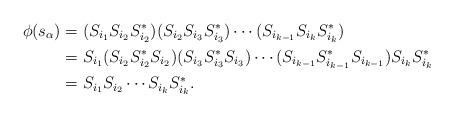
LaTeX: \begin{align*} \phi(s_\alpha) &= (S_{i_1} S_{i_2} S_{i_2}^*) (S_{i_2} S_{i_3} S_{i_3}^*) \cdots (S_{i_{k-1}} S_{i_k} S_{i_k}^*) \\ &= S_{i_1} (S_{i_2} S_{i_2}^* S_{i_2}) (S_{i_3} S_{i_3}^* S_{i_3}) \cdots (S_{i_{k-1}} S_{i_{k-1}}^* S_{i_{k-1}}) S_{i_k} S_{i_k}^* \\ &= S_{i_1} S_{i_2} \cdots S_{i_k} S_{i_k}^*.\end{align*}